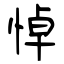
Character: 悼